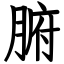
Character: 腑